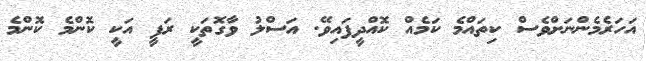
އަހަރެމެންނަށްވެސް ކިތައްމެ ކަމެއް ކޮއްދީފައިވޭ. އަސްލު ވާގޮތަކީ ރަފީ އަކީ ކޮންމެ ކޮންމެ